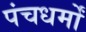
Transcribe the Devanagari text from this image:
पंचधर्मों